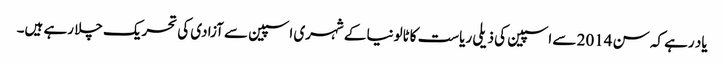
یاد رہے کہ سن 2014 سے اسپین کی ذیلی ریاست کاٹالونیا کے شہری اسپین سے آزادی کی تحریک چلا رہے ہیں۔